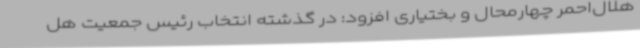
هلال‌احمر چهارمحال و بختیاری افزود: در گذشته انتخاب رئیس جمعیت هل